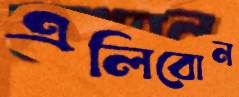
এলিবোন